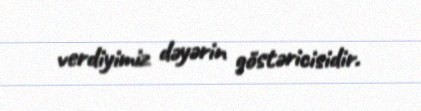
verdiyimiz dəyərin göstəricisidir.